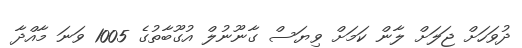
ދުވަހަށް ޖަލަށް ލާން ކަމަށް ވިޔަސް ގާނޫނުލް އުގޫބާތުގެ 1005 ވަނަ މާއްދާ